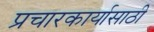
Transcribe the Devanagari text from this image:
प्रचारकार्यासाठी